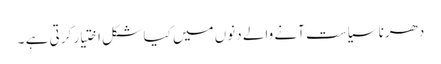
دھرنا سیاست آنے والے دنوں میں کیا شکل اختیار کرتی ہے ۔